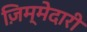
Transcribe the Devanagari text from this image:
ज़िम्मेदारी